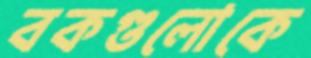
বকগুলোকে